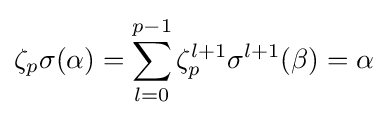
\zeta _{p}\sigma (\alpha )=\sum _{l=0}^{p-1}\zeta _{p}^{l+1}\sigma ^{l+1}(\beta )=\alpha